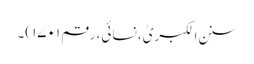
سنن الکبریٰ، نسائی، رقم ۱۷۰۱)۔